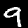
Digit: 9